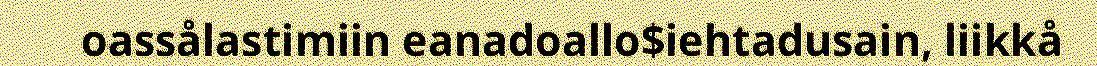
oassålastimiin eanadoallo$iehtadusain, liikkå